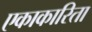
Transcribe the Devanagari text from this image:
एकाकारिता